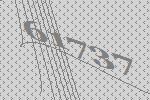
61737